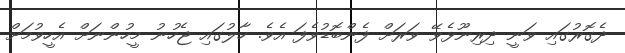
ދެގޮރުގައި ވަނީ ދިރިނޫޅެވޭ ވަރަށް ފެންބޮޑުވެފަ އެވެ. ހާލުގައި ޖެހުނު މީހުންނަށް އެހީވުމަށް